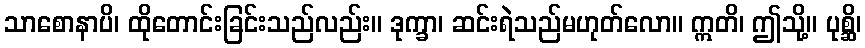
သာစောနာပိ၊ ထိုတောင်းခြင်းသည်လည်း။ ဒုက္ခာ၊ ဆင်းရဲသည်မဟုတ်လော။ ဣတိ၊ ဤသို့။ ပုစ္ဆိ၊